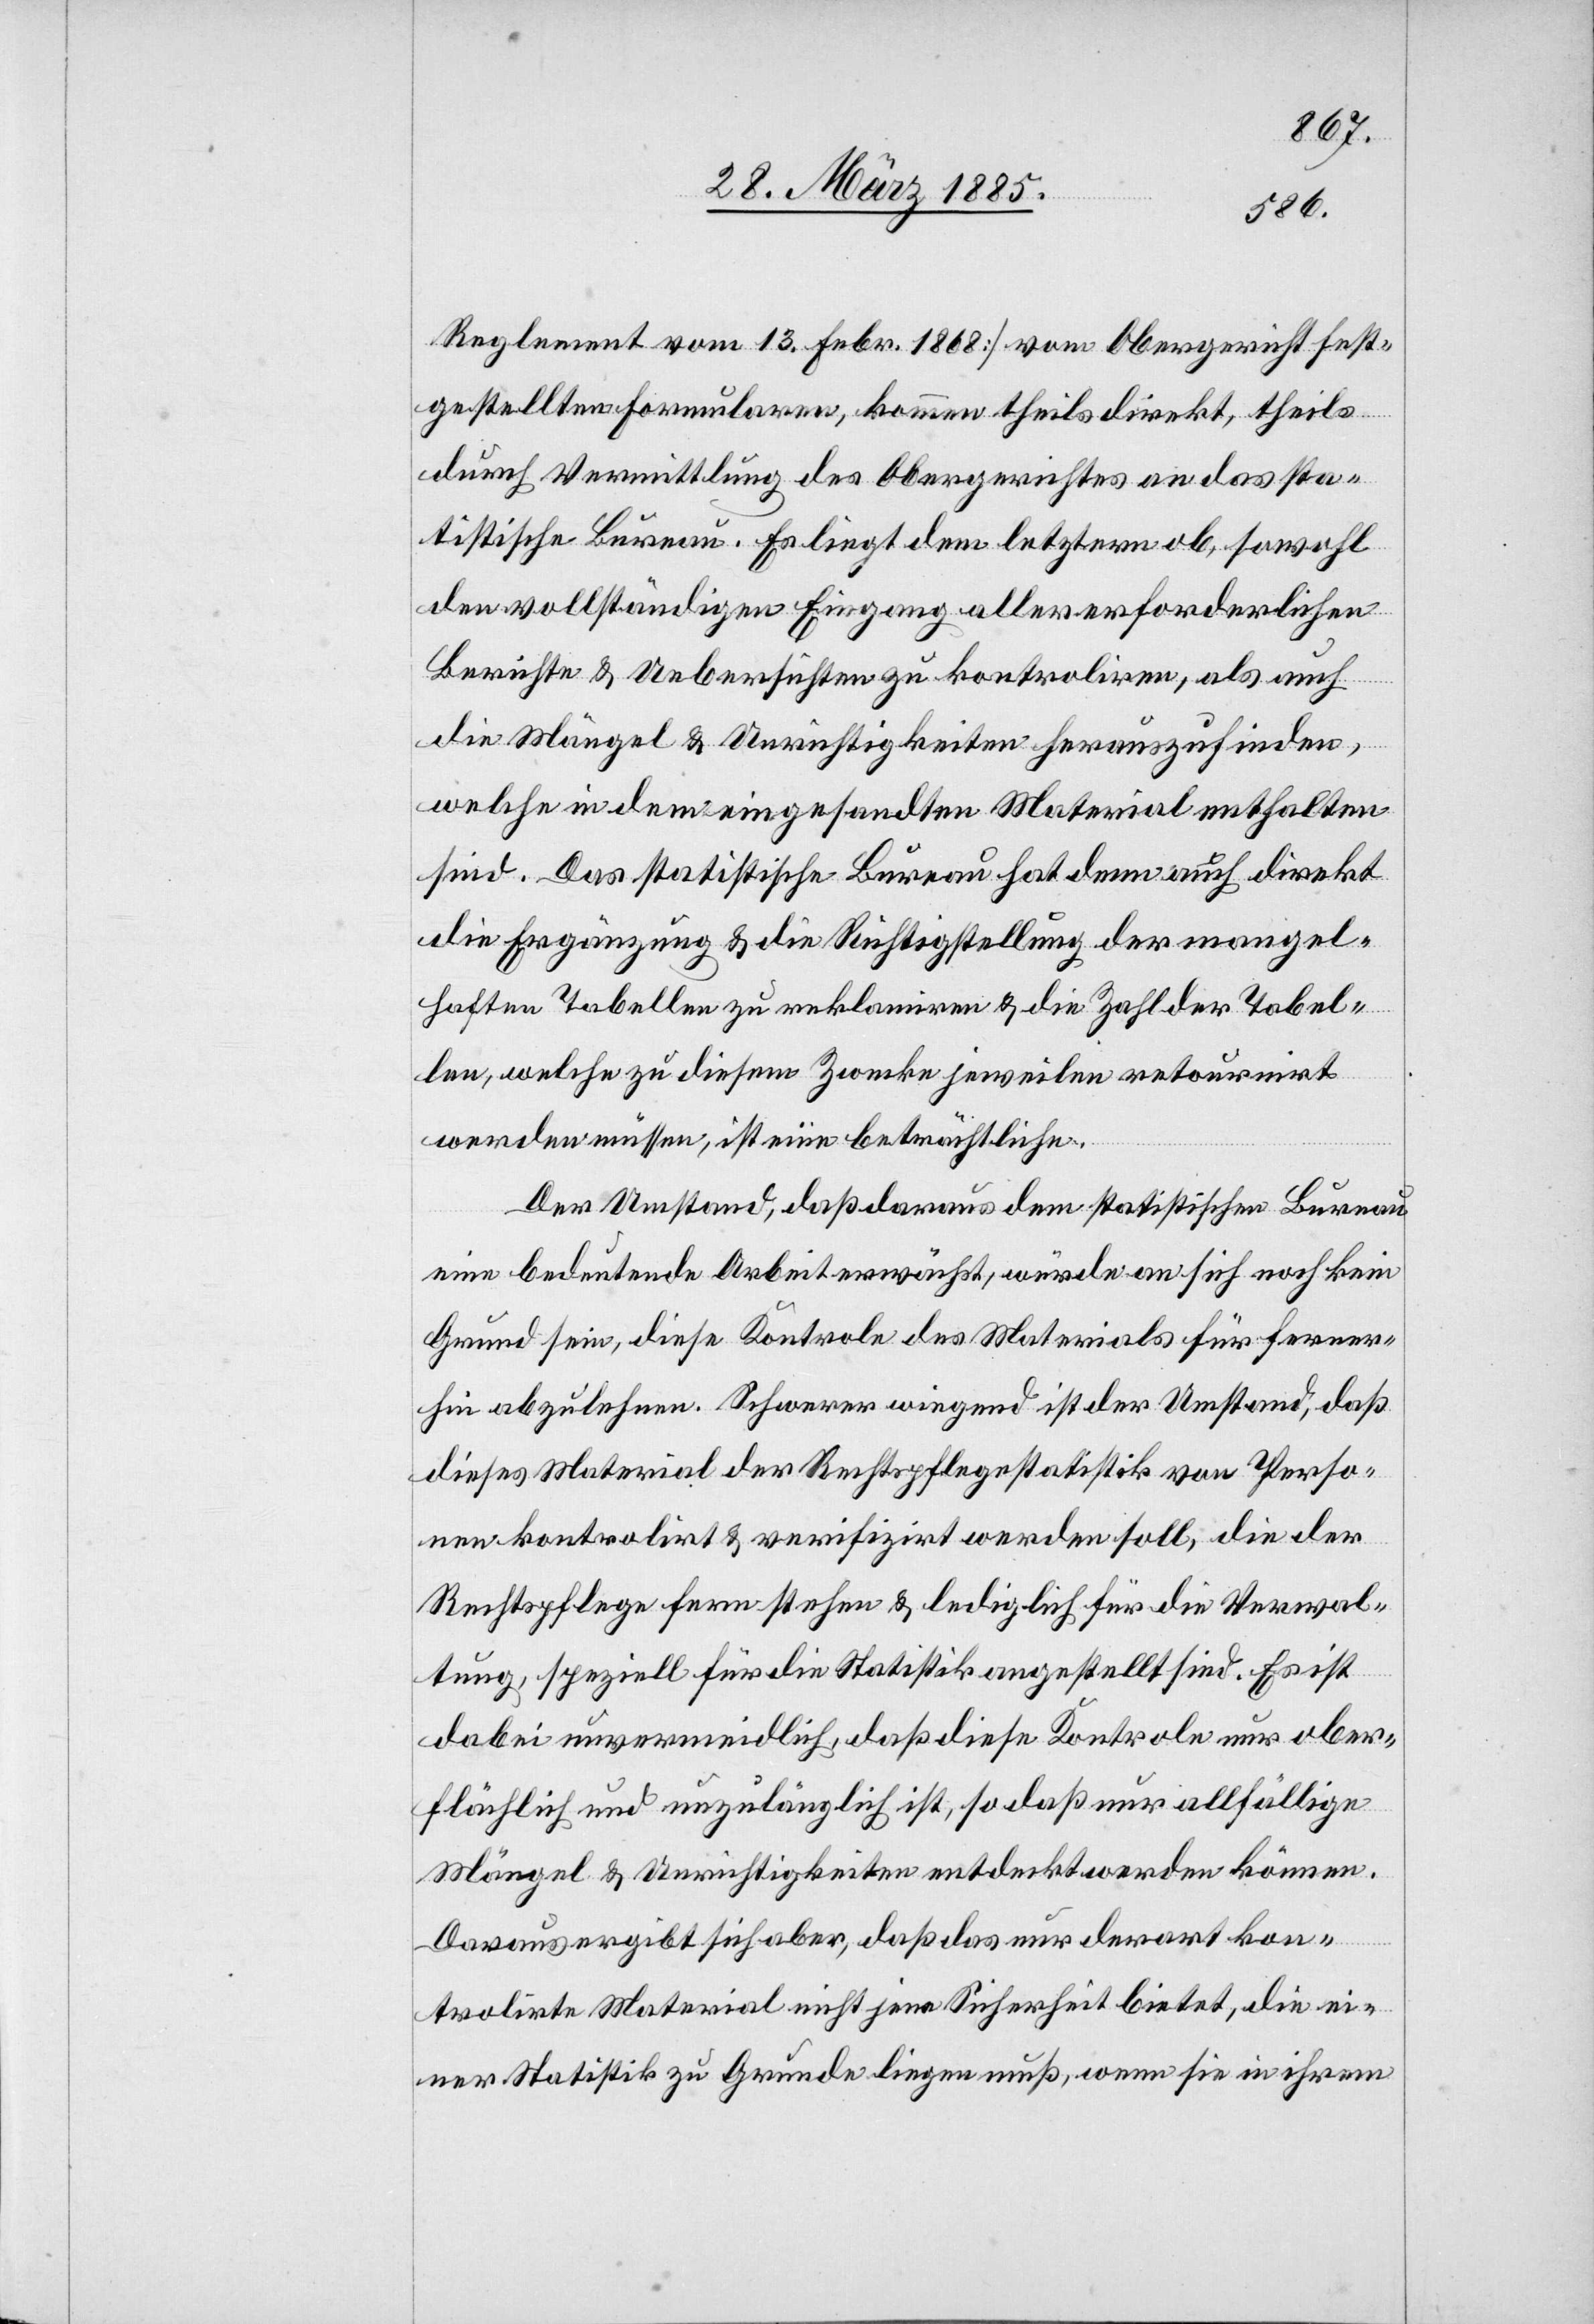
Reglement vom 13. Febr. 1868] vom Obergericht fest¬
gestellten Formularen, kommen theils direkt, theils
durch Vermittlung des Obergerichtes an das sta¬
tistische Bureau. Es liegt dem letztern ob, sowohl
den vollständigen Eingang aller erforderlichen
Berichte & Uebersichten zu kontroliren, als auch
die Mängel & Unrichtigkeiten herauszufinden,
welche in dem eingesandten Material enthalten
sind. Das statistische Bureau hat denn auch direkt
die Ergänzung & die Richtigstellung der mangel¬
haften Tabellen zu reklamiren & die Zahl der Tabel¬
len, welche zu diesem Zwecke jeweilen retournirt
werden müssen, ist eine beträchtliche.
Der Umstand, daß daraus dem statistischen Bureau
eine bedeutende Arbeit erwächst, würde an sich noch kein
Grund sein, diese Kontrole des Materials für ferner¬
hin abzulehnen. Schwerer wiegend ist der Umstand, daß
dieses Material der Rechtspflegestatistik von Perso¬
nen kontrolirt & verifizirt werden soll, die der
Rechtspflege fernstehen & lediglich für die Verwal¬
tung, speziell für die Statistik angestellt sind. Es ist
dabei unvermeidlich, daß diese Kontrole nur ober¬
flächlich und unzulänglich ist, so daß nur allfällige
Mängel & Unrichtigkeiten entdeckt werden können.
Daraus ergibt sich aber, daß das nur derart kon¬
trolirte Material nicht jene Sicherheit bietet, die ei¬
ner Statistik zu Grunde liegen muß, wenn sie in ihrem